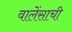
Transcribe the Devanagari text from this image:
वालेंसाची